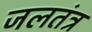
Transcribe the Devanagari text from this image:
जलतंत्र